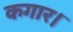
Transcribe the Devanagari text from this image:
कगार।